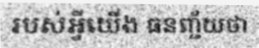
របស់អ្វីយើង ធនញ្ជ័យថា